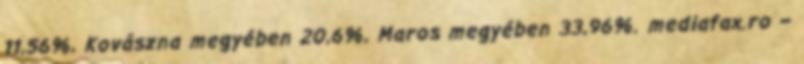
11,56%, Kovászna megyében 20,6%, Maros megyében 33,96%. mediafax.ro –